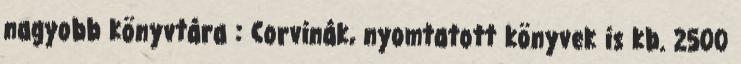
nagyobb könyvtára : Corvinák, nyomtatott könyvek is kb. 2500